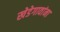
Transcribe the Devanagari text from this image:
खेडेगावांना